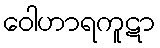
ဝေါဟာရကူဋာ